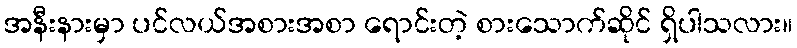
အနီးနားမှာ ပင်လယ်အစားအစာ ရောင်းတဲ့ စားသောက်ဆိုင် ရှိပါသလား။